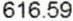
616.59